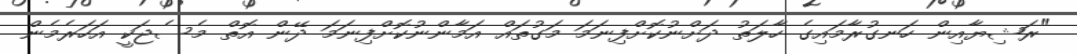
"ރަޝިޔާއިން ހަނގުރާމައިގެ ހާލަތު ދަށްނުކޮށްފިނަމަ މަގުތައް އަމާންނުކޮށްފިނަމަ ދޭން އޮތް މެސެޖަކީ އަހަރެމެން